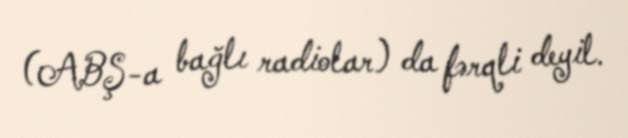
(ABŞ-a bağlı radiolar) da fərqli deyil.